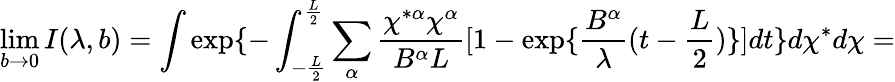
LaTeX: \operatorname*{lim}_{b\rightarrow 0}I(\lambda,b)=\int\exp\{ -\int_{-\frac{L}{2}}^{\frac{L}{2}}\sum_{\alpha}\frac{\chi^{*\alpha}\chi^{\alpha}}{B^{\alpha}L}[1-\exp\{ \frac{B^{\alpha}}{\lambda}(t-\frac{L}{2})\} ]dt\} d\chi^{*}d\chi=